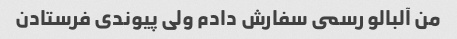
من آلبالو رسمى سفارش دادم ولى پیوندى فرستادن